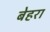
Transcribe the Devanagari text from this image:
बेहरा